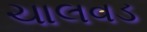
ચાલવડ